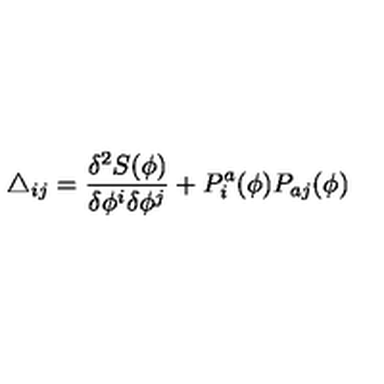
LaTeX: \triangle _ { i j } = \frac { \delta ^ { 2 } S ( \phi ) } { \delta \phi ^ { i } \delta \phi ^ { j } } + P _ { i } ^ { a } ( \phi ) P _ { a j } ( \phi )